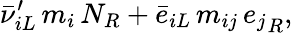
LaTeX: \bar{\nu}_{iL}^{\prime}\, m_{i}\, N_{R}+\bar{e}_{iL}\, m_{ij}\, {e_{j}}_{R},